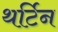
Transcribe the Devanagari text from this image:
थर्टिन